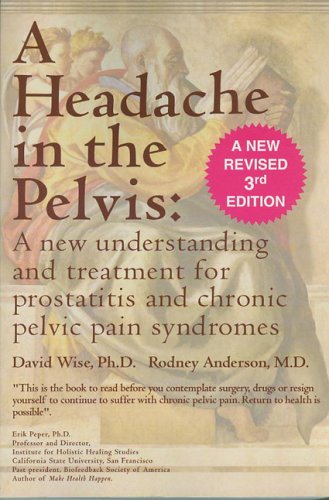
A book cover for A Headache in the Pelvis: A New Understanding and Treatment for Prostatitis and Chronic Pelvic Pain Syndromes, 3rd Edition; David Wise; Health, Fitness & Dieting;